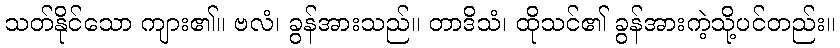
သတ်နိုင်သော ကျား၏။ ဗလံ၊ ခွန်အားသည်။ တာဒိသံ၊ ထိုသင်၏ ခွန်အားကဲ့သို့ပင်တည်း။